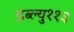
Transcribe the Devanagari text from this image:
डब्ल्यु११३